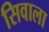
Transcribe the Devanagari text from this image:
सिवाला